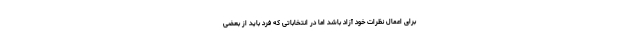
برای اعمال نظرات خود آزاد باشد اما در انتخاباتی که فرد باید از بعضی